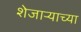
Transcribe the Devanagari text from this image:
शेजार्‍याच्या